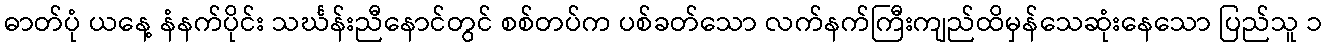
ဓာတ်ပုံ ယနေ့ နံနက်ပိုင်း သင်္ဃန်းညီနောင်တွင် စစ်တပ်က ပစ်ခတ်သော လက်နက်ကြီးကျည်ထိမှန်သေဆုံးနေသော ပြည်သူ ၁